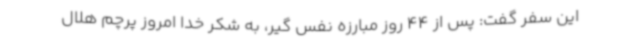
این سفر گفت: پس از 44 روز مبارزه نفس گیر، به شکر خدا امروز پرچم هلال